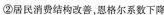
②居民消费结构改善，恩格尔系数下降